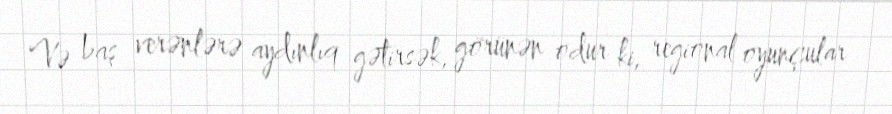
Və baş verənlərə aydınlıq gətirsək, görünən odur ki, regional oyunçular